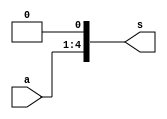
`timescale 1ns/1ps

// Bit shifter

module shifter
  #(
    parameter N=4,
    parameter S=1
    )
   (
    input [N-1:0]  a,
    output [N+S-1:0]   s
    );

   
   assign     s = a << S;
   
   
endmodule // shifter